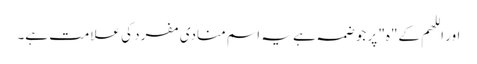
اور اللھم کے"ہ" پر جو ضمہ ہے یہ اسم منادی مفرد کی علامت ہے۔